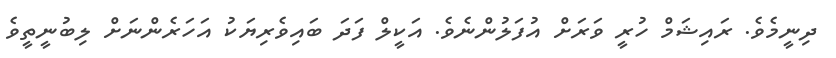
ދިނީމެވެ. ރައިޝަމް ހުރީ ވަރަށް އުފަލުންނެވެ. އަކީލް ފަދަ ބައިވެރިޔަކު އަހަރެންނަށް ލިބުނީތީވެ